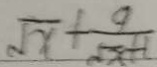
\sqrt { x } + \frac { 9 } { \sqrt { x + 1 } }